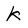
Character: k